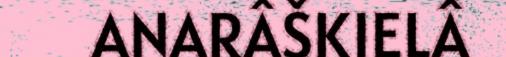
ANARÂŠKIELÂ